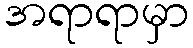
အရာရာမှာ